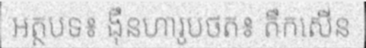
អត្ថបទ៖ ង៉ឹនហារូបថត៖ តឹកសើន